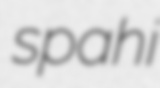
spahi